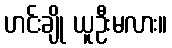
ဟင်းချို ယူဦးမလား။